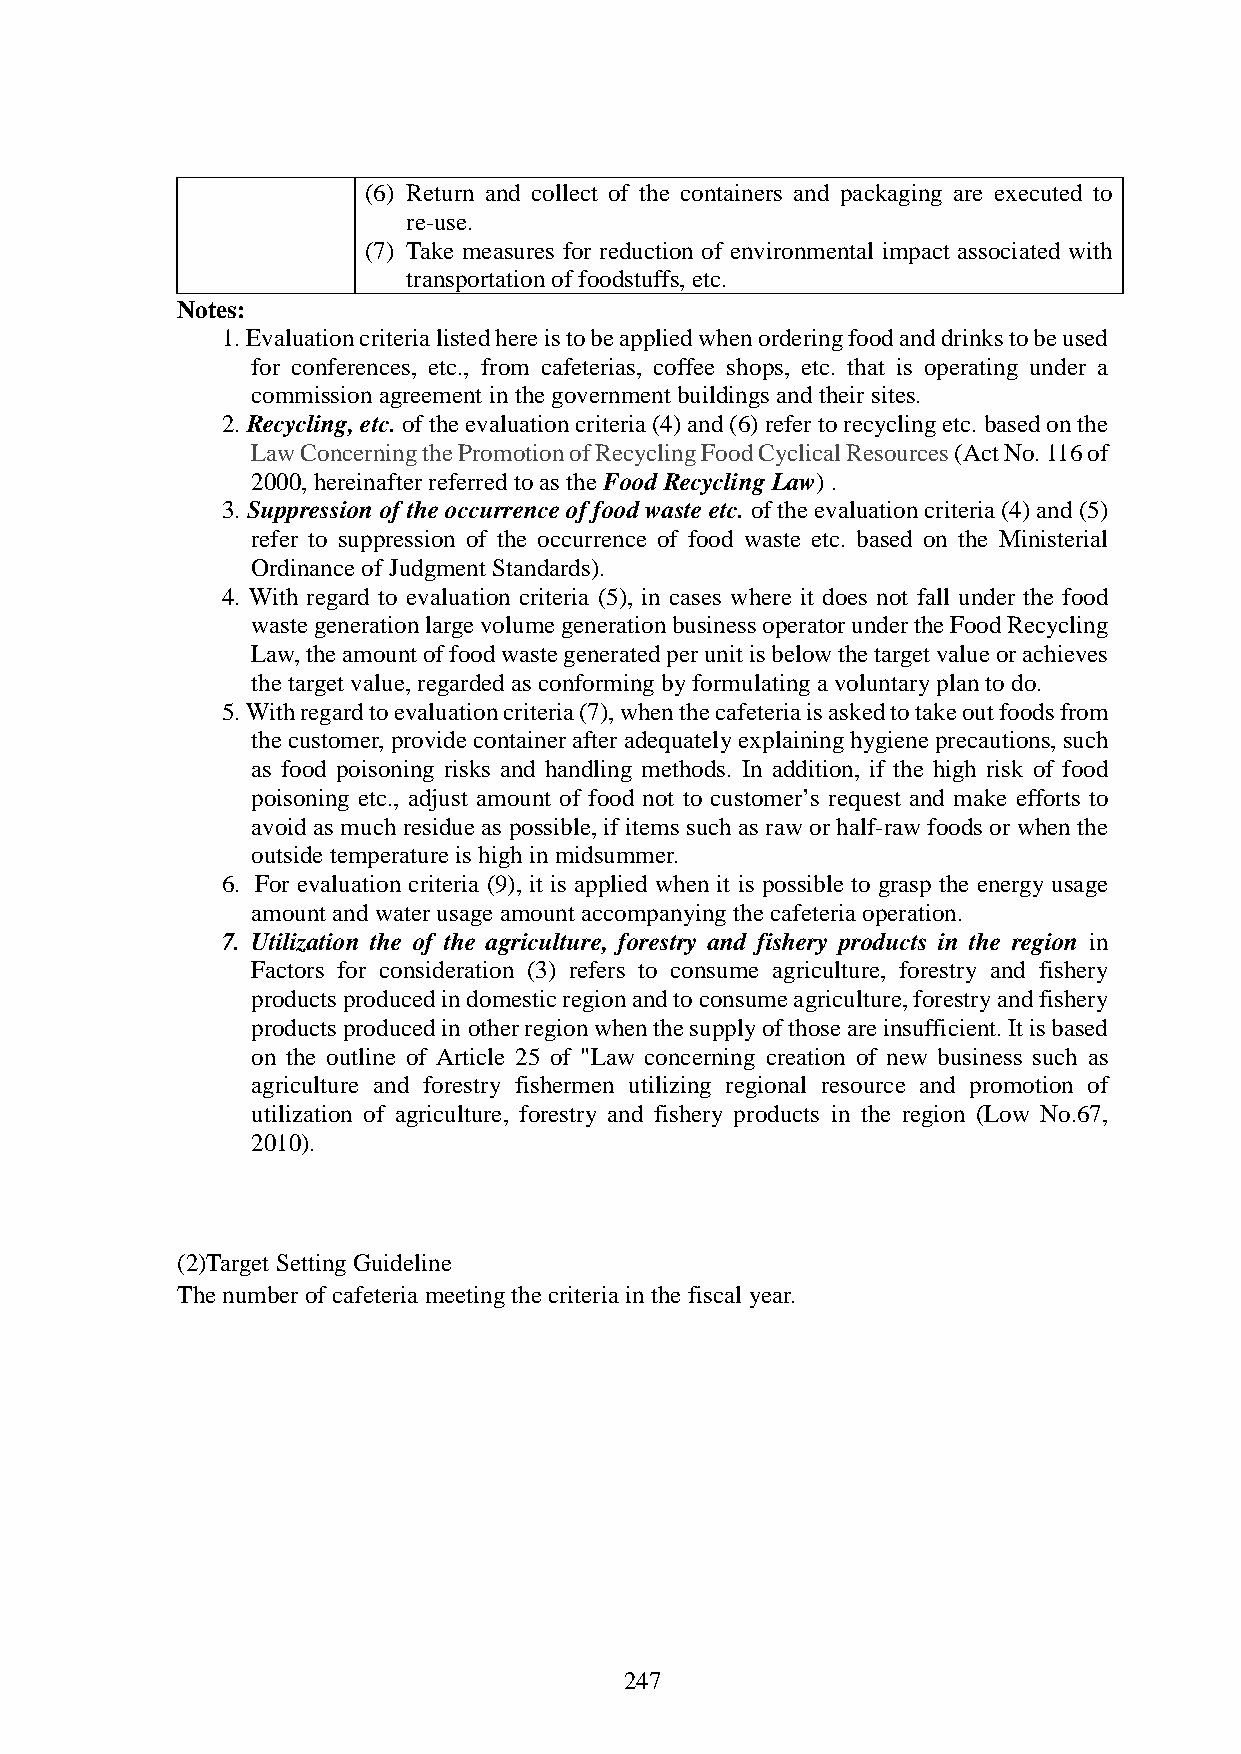
(6) Return and collect of the containers and packaging are executed to
 re-use.
 (7) Take measures for reduction of environmental impact associated with
 transportation of foodstuffs, etc.
 Notes:
 1. Evaluation criteria listed here is to be applied when ordering food and drinks to be used
 for conferences, etc., from cafeterias, coffee shops, etc. that is operating under a
 commission agreement in the government buildings and their sites.
 2. Recycling, etc. of the evaluation criteria (4) and (6) refer to recycling etc. based on the
 Law Concerning the Promotion of Recycling Food Cyclical Resources (Act No. 116 of
 2000, hereinafter referred to as the Food Recycling Law) .
 3. Suppression of the occurrence of food waste etc. of the evaluation criteria (4) and (5)
 refer to suppression of the occurrence of food waste etc. based on the Ministerial
 Ordinance of Judgment Standards).
 4. With regard to evaluation criteria (5), in cases where it does not fall under the food
 waste generation large volume generation business operator under the Food Recycling
 Law, the amount of food waste generated per unit is below the target value or achieves
 the target value, regarded as conforming by formulating a voluntary plan to do.
 5. With regard to evaluation criteria (7), when the cafeteria is asked to take out foods from
 the customer, provide container after adequately explaining hygiene precautions, such
 as food poisoning risks and handling methods. In addition, if the high risk of food
 poisoning etc., adjust amount of food not to customer’s request and make efforts to
 avoid as much residue as possible, if items such as raw or half-raw foods or when the
 outside temperature is high in midsummer.
 6. For evaluation criteria (9), it is applied when it is possible to grasp the energy usage
 amount and water usage amount accompanying the cafeteria operation.
 7. Utilization the of the agriculture, forestry and fishery products in the region in
 Factors for consideration (3) refers to consume agriculture, forestry and fishery
 products produced in domestic region and to consume agriculture, forestry and fishery
 products produced in other region when the supply of those are insufficient. It is based
 on the outline of Article 25 of "Law concerning creation of new business such as
 agriculture and forestry fishermen utilizing regional resource and promotion of
 utilization of agriculture, forestry and fishery products in the region (Low No.67,
 2010).
 (2)Target Setting Guideline
 The number of cafeteria meeting the criteria in the fiscal year.
 247